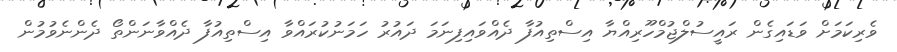
ވެރިކަމަށް ވަޑައިގެން ރައީސުލްޖުމްހޫރިއްޔާ އިސްތިއުފާ ދެއްވައިފިނަމަ ދައުރު ހަމަނުކުރައްވާ އިސްތިއުފާ ދެއްވާނަންތޯ ދެންނެވުމުން